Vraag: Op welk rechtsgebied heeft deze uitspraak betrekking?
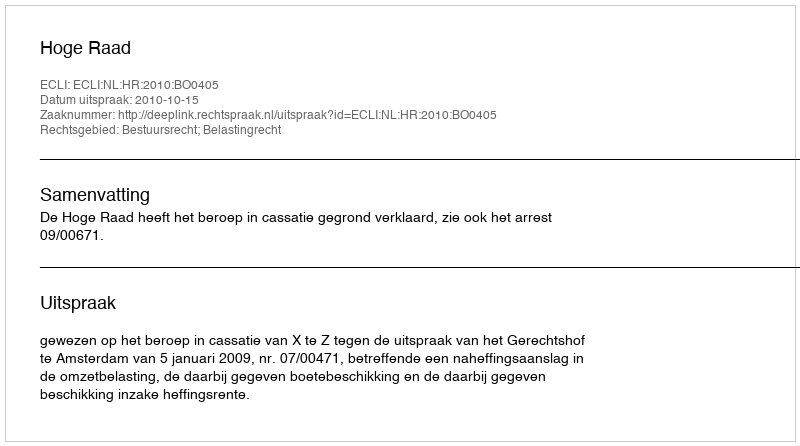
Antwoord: Bestuursrecht; Belastingrecht